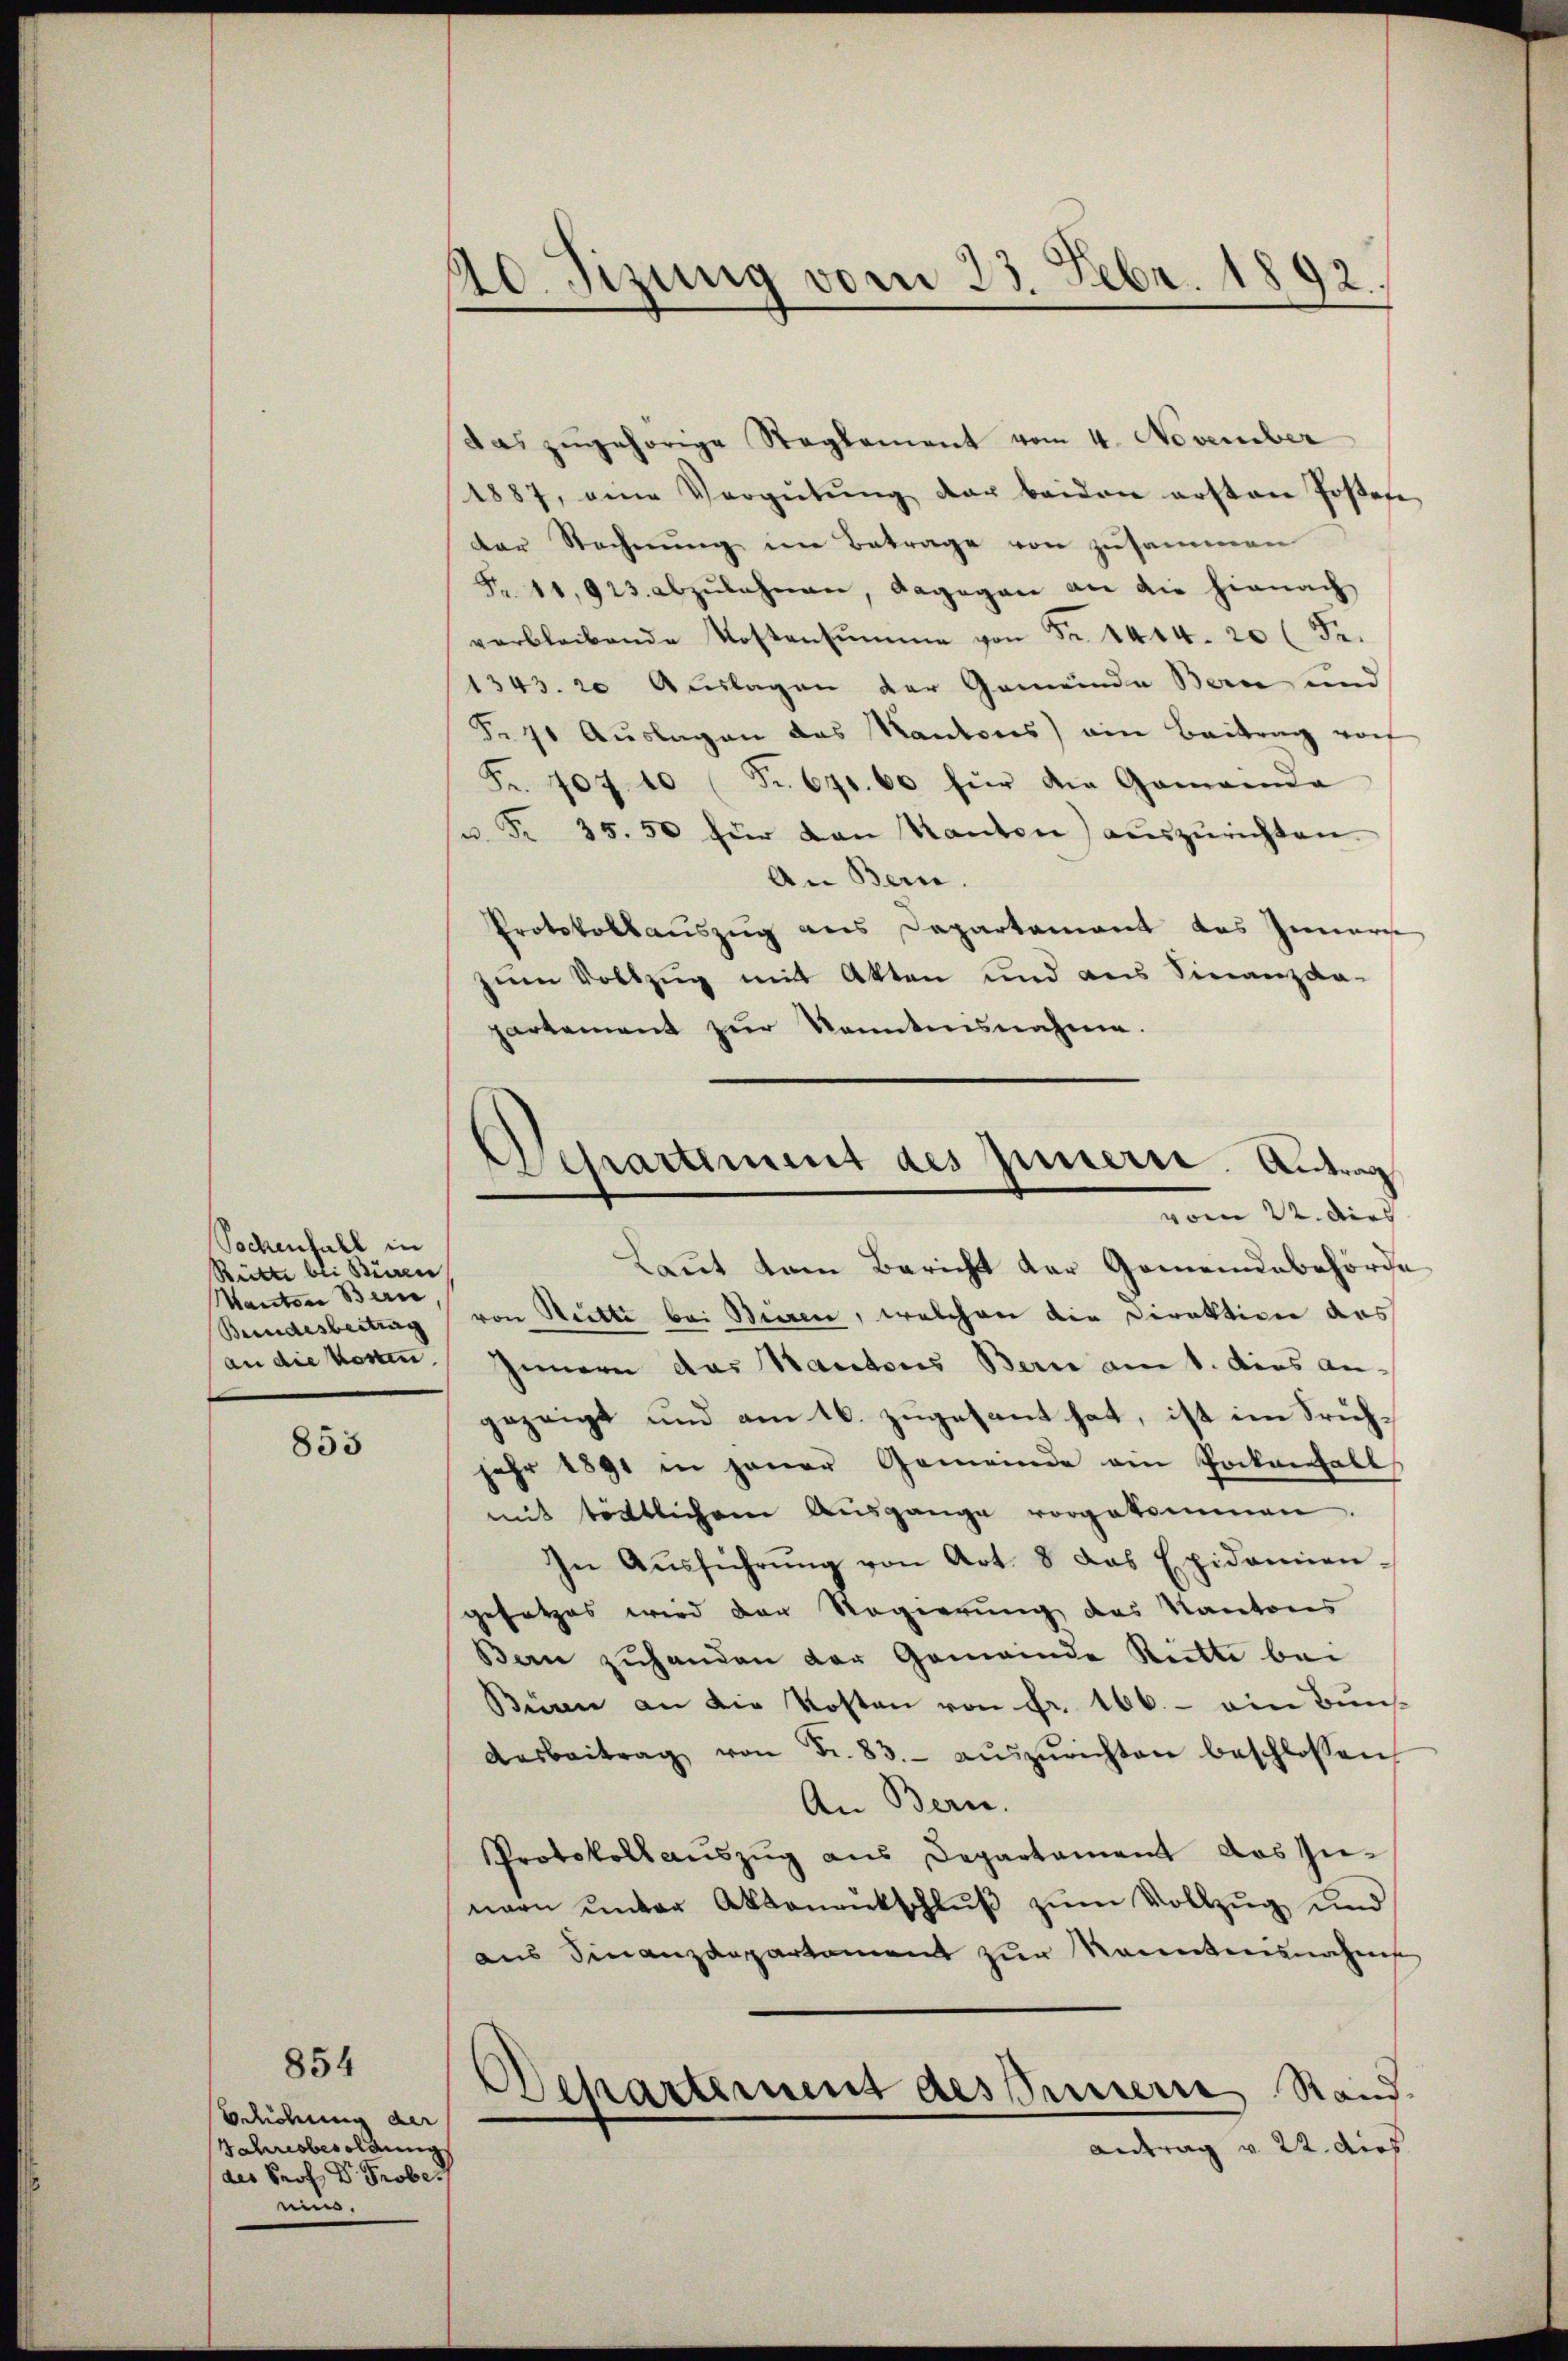
Sochenfall in
Rüitte bei Büren
Kanton Bern.
Bundesbeitrag
an die Kosten.

853

854

Bdüdung der
Jahresbesoldung
des Prof. Dr. Probe-
ei.

40. Sizung vom 23. Febr. 1892
e

Departement des Innern. Antrag
vom 22. dies

das zugehörige Reglement vom 4. November
1887, eine Vergütŭng der beiden ersten Josef
der Rechnung im Betrage von zusammen
§. 11,923 abzŭlahnen, dagegen an die hienach
verbleibende Kostensŭmme von Fr. 1444. 20 Fr.
1343. 20 Auslagen der Gemeinde Bern und
F. 91 Auslagen das Kantons) ein Beitrag vorf
Fr. 407. 10 Fr. 670. 60 für die Gemeinda
u. Fr. 35. 50 für den Kanton) auszurichten.
An Bern.
Protokollauszug aus Departement das Innern
zum Vollzug mit Akten und aus Finanzda-
partement zur Kenntnisnahme.
Laut dem Bericht der Gemeindebehörde
von Reitte bei Bieren, welchen die Direktion das
Innern das Kantons Bern am 1. dies angezeigt und am 16. zugesant hat, ist im Früchjahr 1891 in jener Gemeinde am Pockenfall
mit tödtlichem Aŭsgange vorgekommen.
In Aŭsführŭng von Art. 8 das Epidemien-
gesetzes wird der Regierung des Kantons
Ben zuhanden der Gemeinde Ritte bei
Büren an die Kosten von Fr. 166. - ein Bun¬
Aŭsbeitrag von Fr. 83. aŭszŭrichten beschlossen
An Bern.
Protokoll auszug aus Departament das Innern unter Aktenantschlŭβ zŭm Vollzug und
aus Finanzdepartament zur Kenntensnahmes
Departement des Innere Stand.
Antrag v. 22. dies